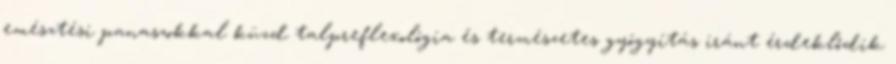
emésztési panaszokkal küzd talpreflexológia és természetes gyógyítás iránt érdeklődik